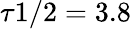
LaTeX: \tau{1/2}=3.8